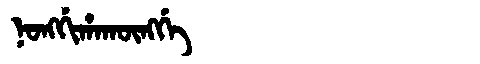
Manchu: ᠨᠣᠩᡤᡳᡥᠠᡴᡡᠩᡤᡝ
Romanization: NONGGIHAKŪNGGE